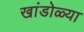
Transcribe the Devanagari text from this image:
खांडोळ्या